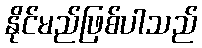
နိုင်မည်ဖြစ်ပါသည်